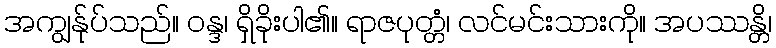
အကျွန်ုပ်သည်။ ဝန္ဒ၊ ရှိခိုးပါ၏။ ရာဇပုတ္တံ၊ လင်မင်းသားကို။ အပဿန္တိ၊